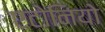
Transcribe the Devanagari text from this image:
एटोनियो